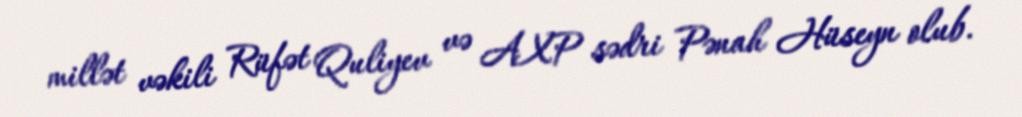
millət vəkili Rüfət Quliyev və AXP sədri Pənah Hüseyn olub.